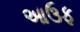
આઉફ